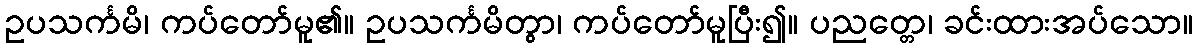
ဥပသင်္ကမိ၊ ကပ်တော်မူ၏။ ဥပသင်္ကမိတွာ၊ ကပ်တော်မူပြီး၍။ ပညတ္တေ၊ ခင်းထားအပ်သော။